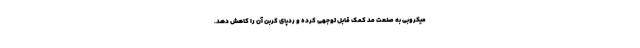
میکروبی به صنعت مد کمک قابل توجهی کرده و ردپای کربن آن را کاهش دهد.